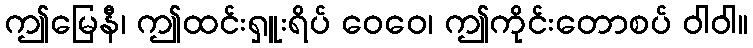
ဤမြေနီ၊ ဤထင်းရှူးရိပ် ဝေဝေ၊ ဤကိုင်းတောစပ် ဝါဝါ။